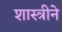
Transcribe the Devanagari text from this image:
शास्त्रीने